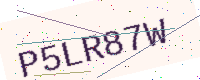
Text: P5LR87W